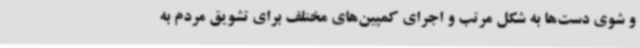
و شوی دست‌ها به شکل مرتب و اجرای کمپین‌های مختلف برای تشویق مردم به